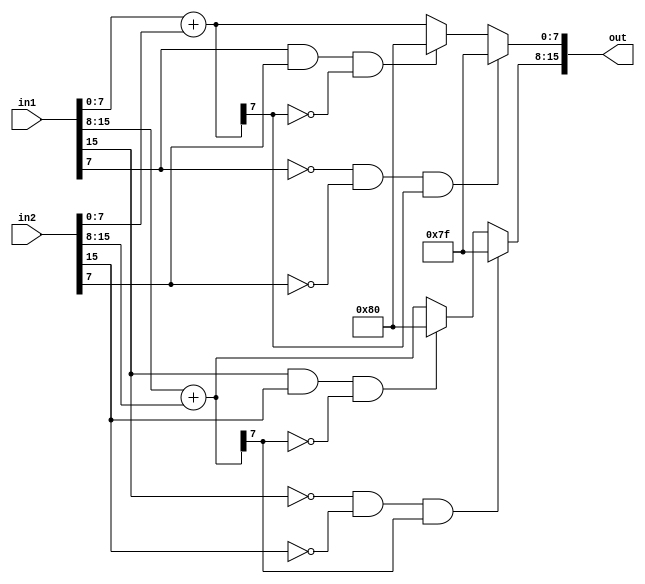
module paddsb(in1, in2, out);

input [15:0] in1, in2;
output reg [15:0] out;

reg [7:0] sum1;
reg [7:0] sum2;

always @(*) begin
	sum1 = in1[7:0] + in2[7:0];
	sum2 = in1[15:8] + in2[15:8];

	if (~in1[15] && ~in2[15] && sum2[7]) begin
		out[15:8] = 8'h7F;
	end else if (in1[15] && in2[15] && ~sum2[7]) begin
		out[15:8] = 8'h80;
	end else begin
		out[15:8] = sum2;
	end

	if (~in1[7] && ~in2[7] && sum1[7]) begin
        	out[7:0] = 8'h7F;
	end else if (in1[7] && in2[7] && ~sum1[7]) begin
		out[7:0] = 8'h80;
    	end else begin
		out[7:0] = sum1;
	end
end

endmodule